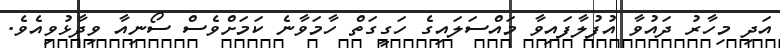
އަދި މިހާރު ދައުވާ އުފުލާފައިވާ މައްސަލައިގެ ހަގީގަތް ހާމަވާނެ ކަމަށްވެސް ސޯނިއާ ވިދާޅުވިއެވެ.